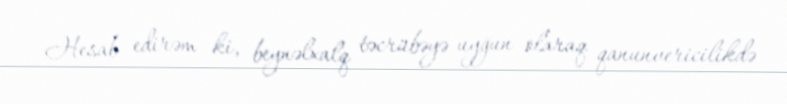
Hesab edirəm ki, beynəlxalq təcrübəyə uyğun olaraq qanunvericilikdə